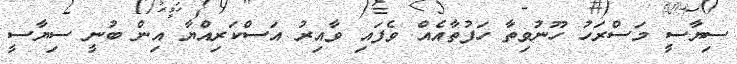
ސިޔާސީ މަސްރަހު ހޫނުވިތާ ހަފުތާއެއް ވެފައި ވާއިރު އަސްކަރިއްޔާ އިން ބުނީ ސިޔާސީ